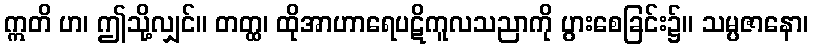
ဣတိ ဟ၊ ဤသို့လျှင်။ တတ္ထ၊ ထိုအာဟာရေပဋိကူလသညာကို ပွားစေခြင်း၌။ သမ္ပဇာနော၊